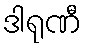
ဒါရုဏီ